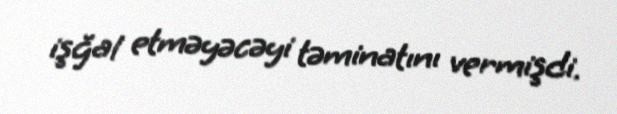
işğal etməyəcəyi təminatını vermişdi.